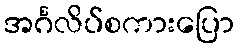
အင်္ဂလိပ်စကားပြော